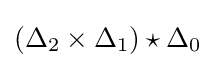
(\Delta _{2}\times \Delta _{1})\star \Delta _{0}